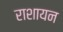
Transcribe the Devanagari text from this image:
राशायन